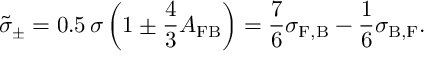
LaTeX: { \tilde { \sigma } } _ { \pm } = 0 . 5 \, \sigma \left( 1 \pm \frac { 4 } { 3 } A _ { \mathrm { F B } } \right) = \frac { 7 } { 6 } \sigma _ { \mathrm { F , B } } - \frac { 1 } { 6 } \sigma _ { \mathrm { B , F } } .